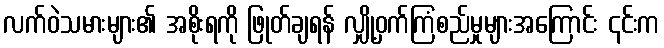
လက်ဝဲသမားများ၏ အစိုးရကို ဖြုတ်ချရန် လျှို့ဝှက်ကြံစည်မှုများအကြောင်း ၎င်းက